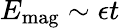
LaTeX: E_{\textrm{mag}}\sim\epsilon t